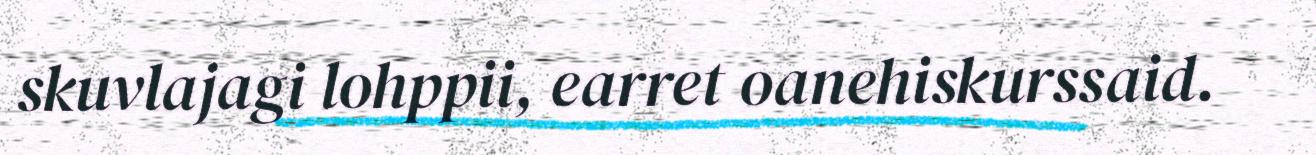
skuvlajagi lohppii, earret oanehiskurssaid.